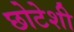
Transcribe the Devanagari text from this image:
छोटेशी